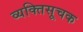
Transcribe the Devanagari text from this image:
व्यक्तिसूचक